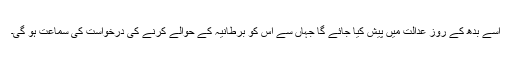
اسے بدھ کے روز عدالت میں پیش کیا جائے گا جہاں سے اس کو برطانیہ کے حوالے کرنے کی درخواست کی سماعت ہو گی۔